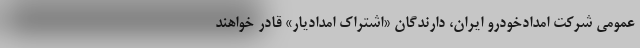
عمومی شرکت امدادخودرو ایران، دارندگان «اشتراک امدادیار» قادر خواهند